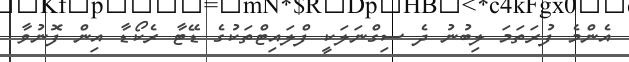
އެންމެ ފުރަތަމަ ލިބުނު ދެ ސިގްނަލަކީ ފްލައިޓްތަކުގެ ޑޭޓާ ރެކޯޑާ އިން ފޮނުވާ